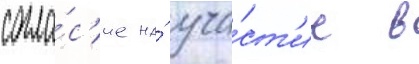
согла́с'ие на́ уча́ст'ие в